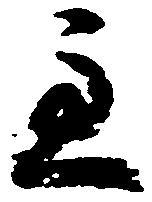
主